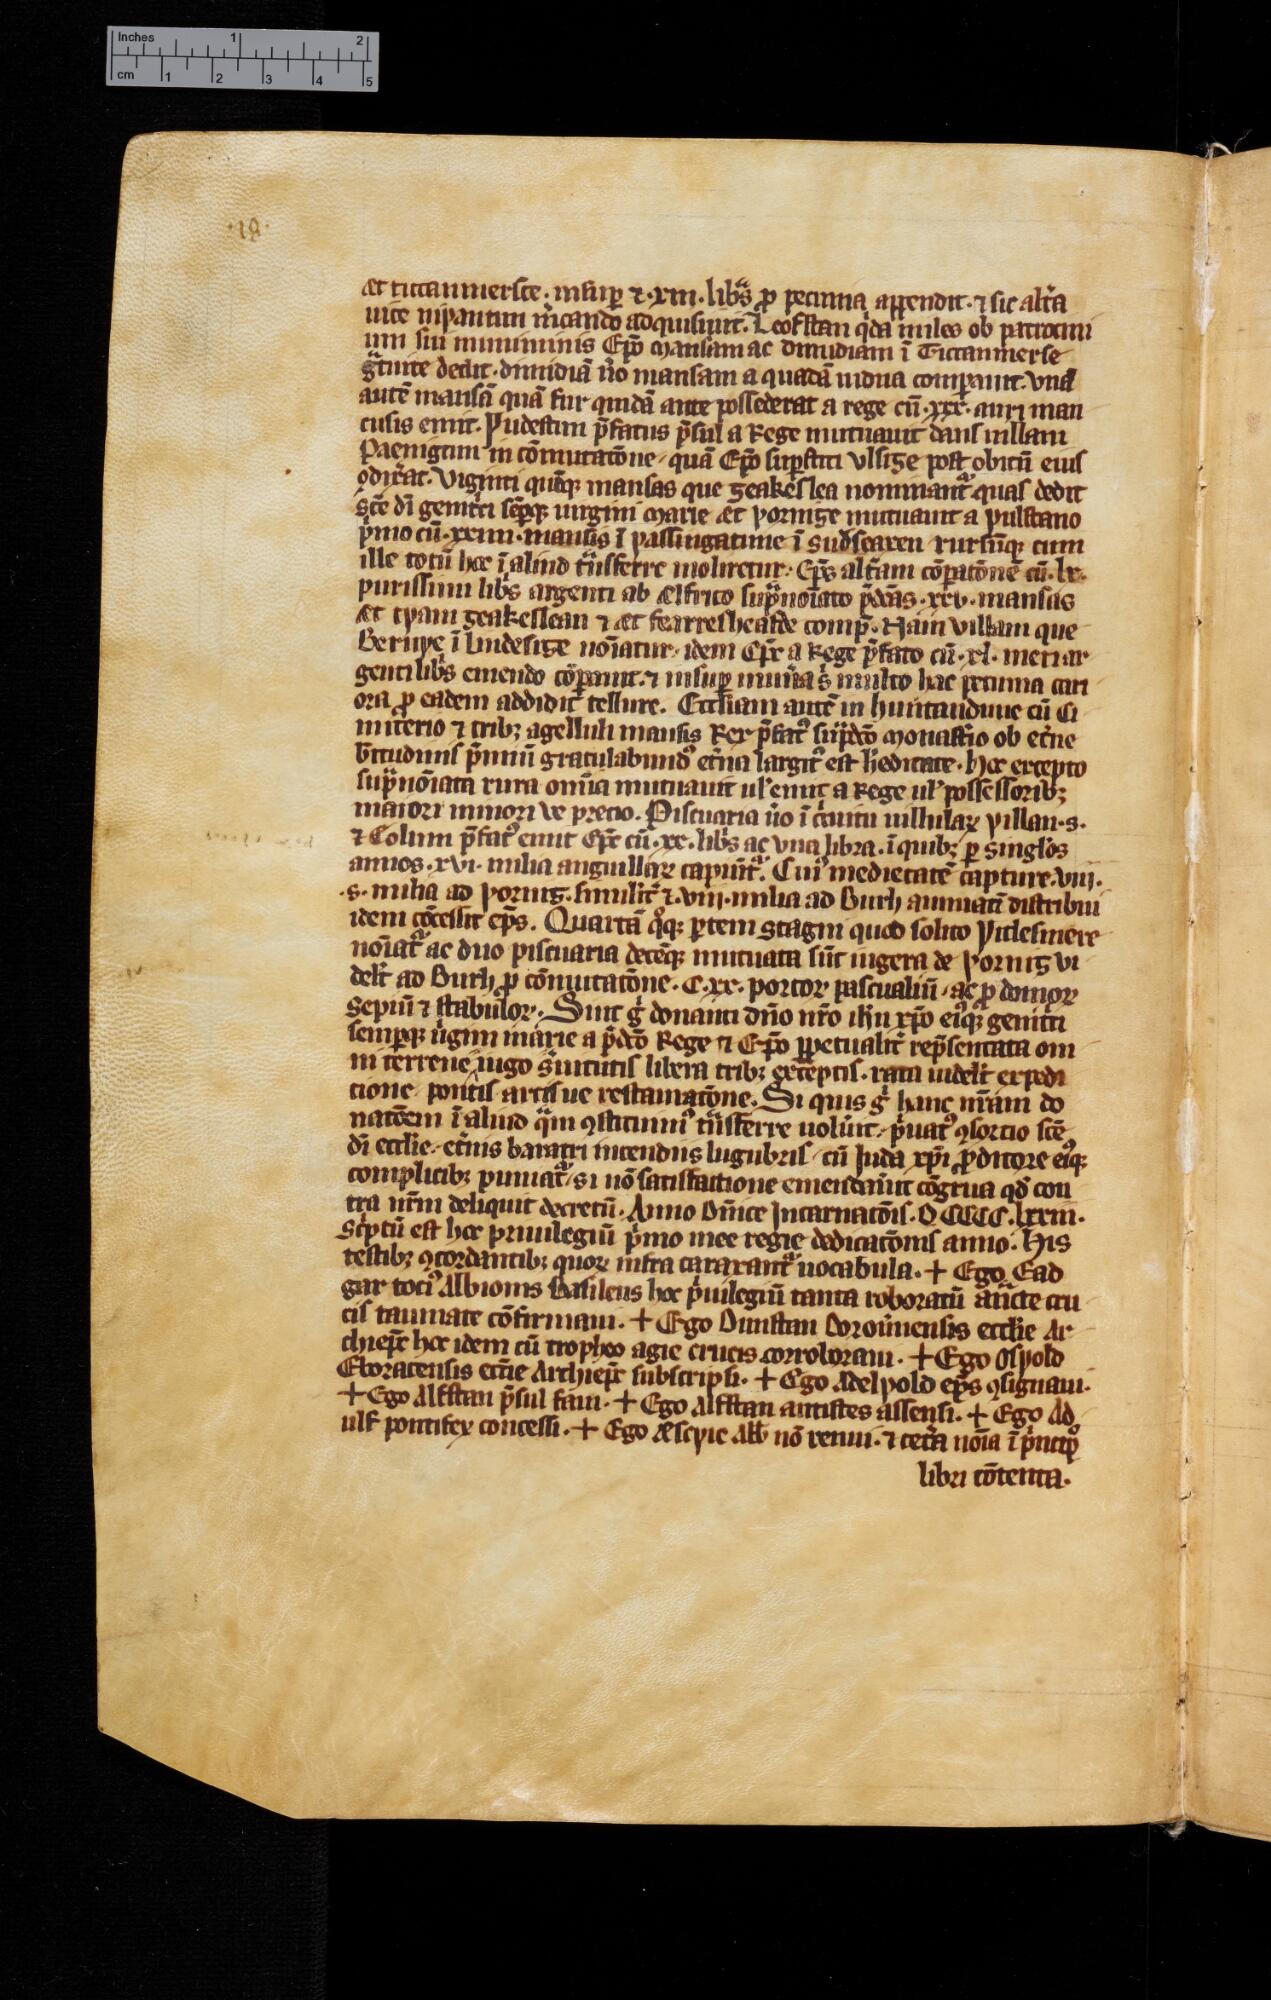
Shelfmark: Cambridge, University Library, ms. Add. 3020
Century: 14